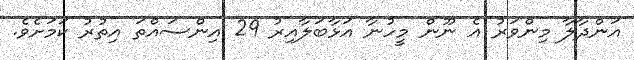
އަންދާލާ މިންވަރު އެ ނޫން މީހުނާ އަޅާބަލާއިރު 29 އިންސައްތަ އިތުރު ކަމަށެވެ.